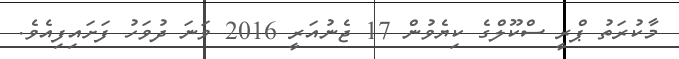
މާކުރަތު ޕްރީ ސްކޫލްގެ ކިޔެވުން 17 ޖެނުއަރީ 2016 ވަނަ ދުވަހު ފަށައިފިއެވެ.